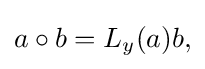
\displaystyle {a\circ b=L_{y}(a)b,}